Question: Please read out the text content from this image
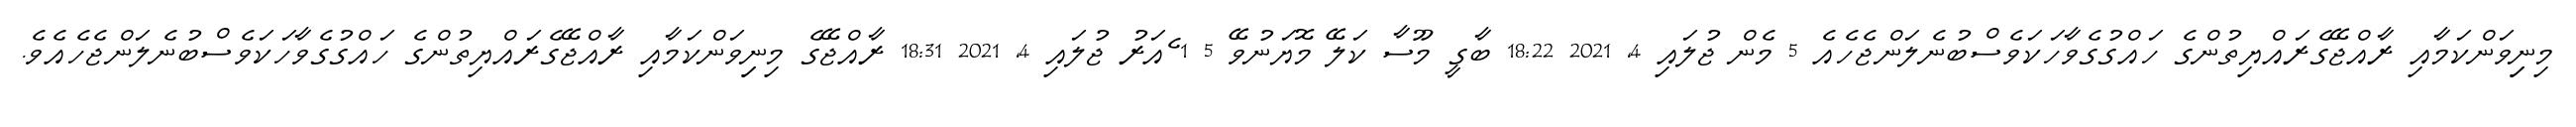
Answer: މިނިިވަންކަމާއި ރާއްޖޭގެރައްޔިތުންގެ ހައްގުގެވާހަކަވެސްބުނެލަންޖެހެއެ 5 މެން ޖުލައި 4, 2021 18:22 ބާގީ މޫސާ ކަލޭ މޮޔަނުވޭ 5 1 ެއަރު ޖުލައި 4, 2021 18:31 ރާއްޖޭގެ މިނިިވަންކަމާއި ރާއްޖޭގެރައްޔިތުންގެ ހައްގުގެވާހަކަވެސްބުނެލަންޖެހެއެވެ.